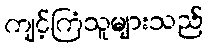
ကျင့်ကြံသူများသည်